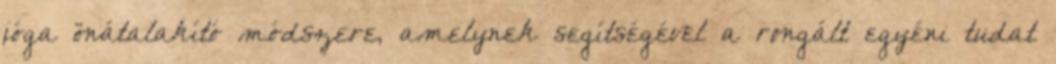
jóga önátalakító módszere, amelynek segítségével a rongált egyéni tudat